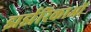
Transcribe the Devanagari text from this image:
झर्झरिकाओं